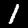
Label: 1